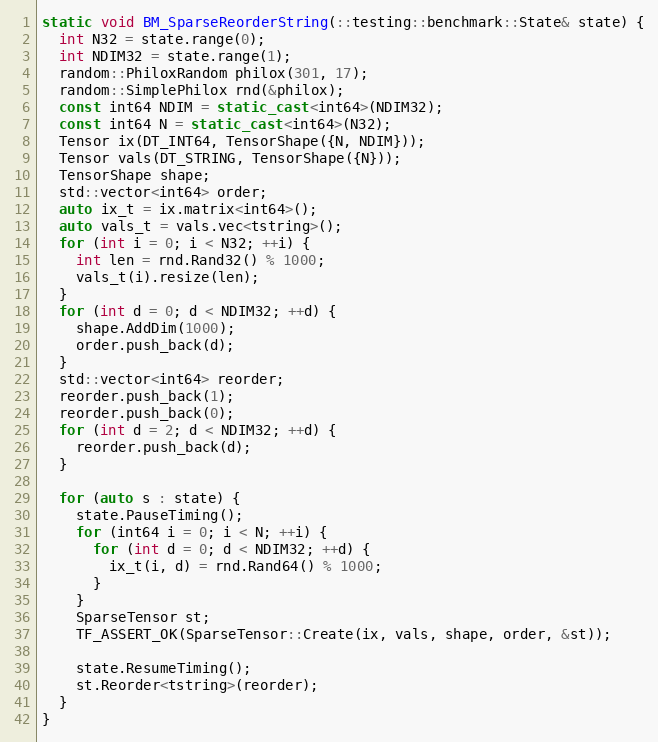
Language: C++
static void BM_SparseReorderString(::testing::benchmark::State& state) {
  int N32 = state.range(0);
  int NDIM32 = state.range(1);
  random::PhiloxRandom philox(301, 17);
  random::SimplePhilox rnd(&philox);
  const int64 NDIM = static_cast<int64>(NDIM32);
  const int64 N = static_cast<int64>(N32);
  Tensor ix(DT_INT64, TensorShape({N, NDIM}));
  Tensor vals(DT_STRING, TensorShape({N}));
  TensorShape shape;
  std::vector<int64> order;
  auto ix_t = ix.matrix<int64>();
  auto vals_t = vals.vec<tstring>();
  for (int i = 0; i < N32; ++i) {
    int len = rnd.Rand32() % 1000;
    vals_t(i).resize(len);
  }
  for (int d = 0; d < NDIM32; ++d) {
    shape.AddDim(1000);
    order.push_back(d);
  }
  std::vector<int64> reorder;
  reorder.push_back(1);
  reorder.push_back(0);
  for (int d = 2; d < NDIM32; ++d) {
    reorder.push_back(d);
  }

  for (auto s : state) {
    state.PauseTiming();
    for (int64 i = 0; i < N; ++i) {
      for (int d = 0; d < NDIM32; ++d) {
        ix_t(i, d) = rnd.Rand64() % 1000;
      }
    }
    SparseTensor st;
    TF_ASSERT_OK(SparseTensor::Create(ix, vals, shape, order, &st));

    state.ResumeTiming();
    st.Reorder<tstring>(reorder);
  }
}